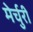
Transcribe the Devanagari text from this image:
मेर्चुरी